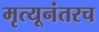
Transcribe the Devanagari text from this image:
मृत्यूनंतरच